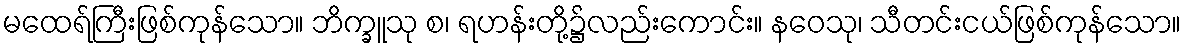
မထေရ်ကြီးဖြစ်ကုန်သော။ ဘိက္ခူသု စ၊ ရဟန်းတို့၌လည်းကောင်း။ နဝေသု၊ သီတင်းငယ်ဖြစ်ကုန်သော။